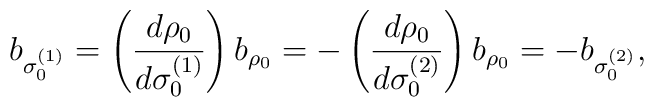
b_{\sigma_0^{(1)}}= \left({d\rho_0\over d\sigma_0^{(1)}}\right)b_{\rho_0} =-\left({d\rho_0\over d\sigma_0^{(2)}}\right)b_{\rho_0} =-b_{\sigma_0^{(2)}},